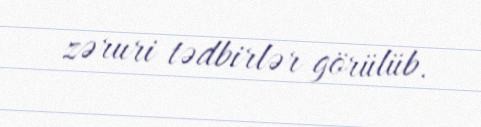
zəruri tədbirlər görülüb.